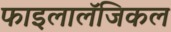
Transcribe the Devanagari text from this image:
फाइलालॅजिकल